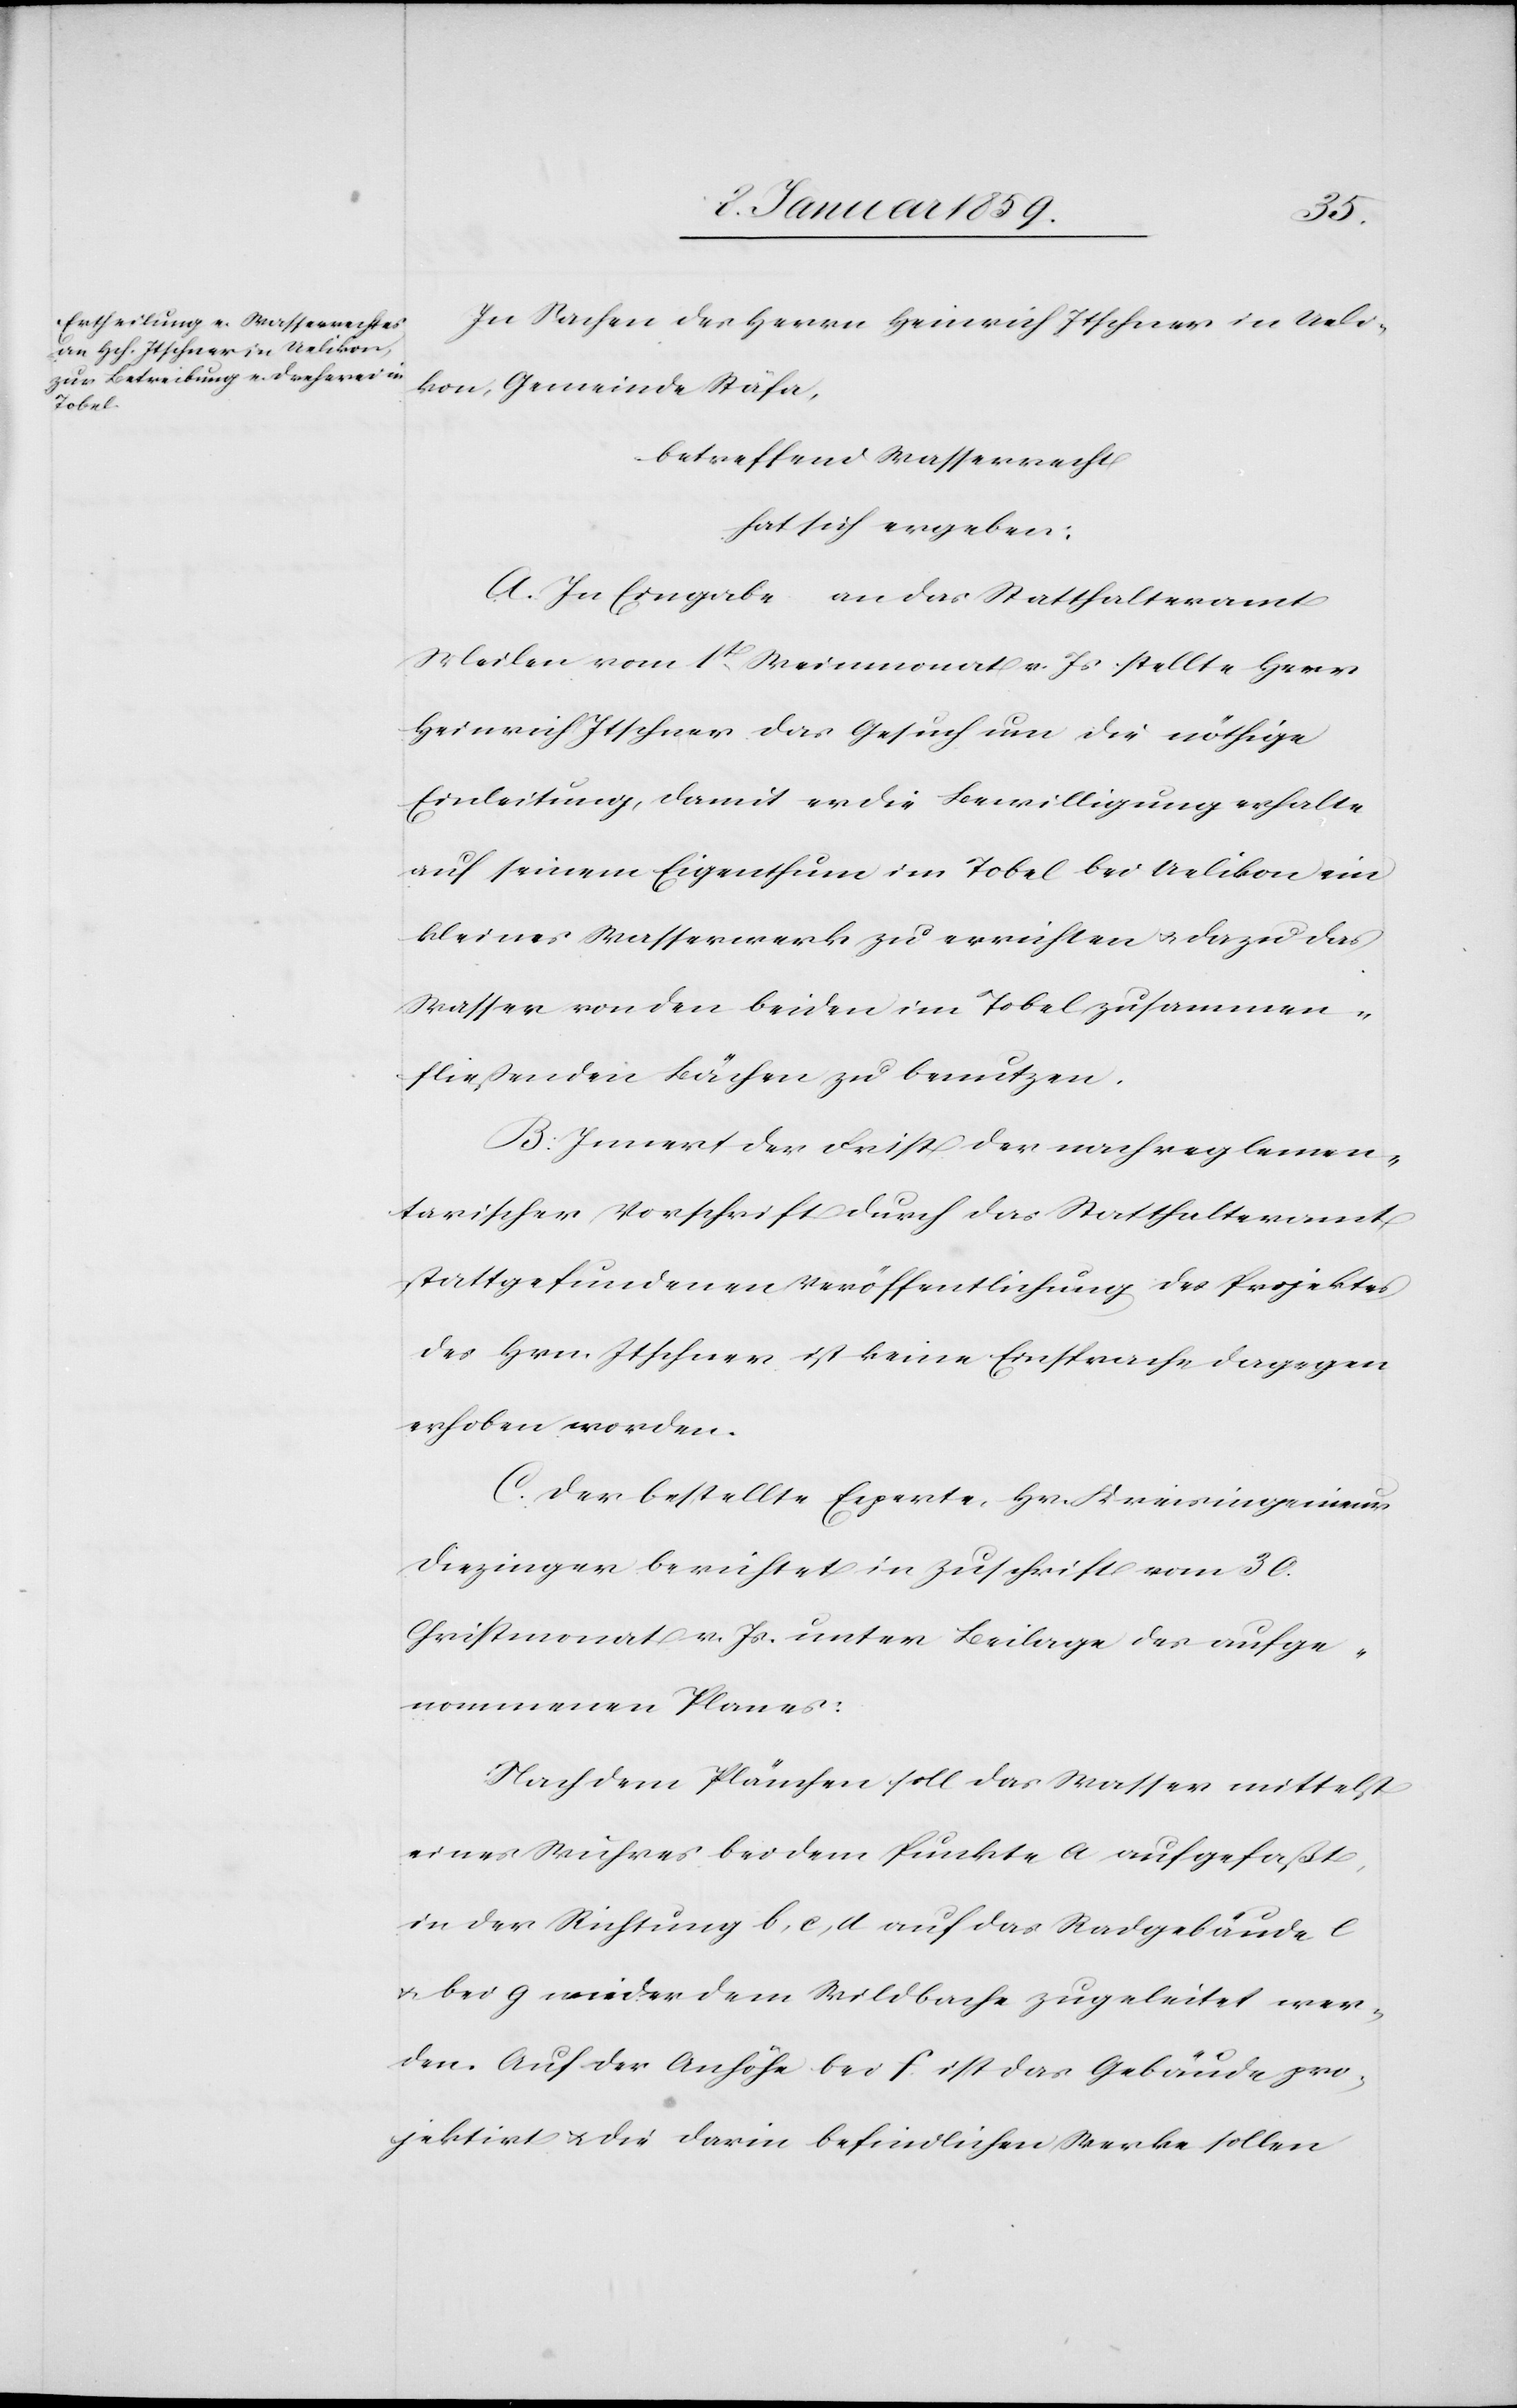
In Sachen des Herrn Heinich Itschner in Ueli¬
kon, Gemeinde Stäfa,
betreffend Wasserrecht
hat sich ergeben:
A. In Eingabe an das Statthalteramt
Meilen vom 1t. Maienmonat v. Js. stellte Herr
Heinrich Itschner das Gesuch um die nöthige
Einleitung, damit er die Bewilligung erhalte
auf seinem Eigenthum im Tobel bei Uelikon ein
kleines Wasserwerk zu errichten u. dazu das
Wasser von den beiden im Tobel zusammen¬
fließenden Bächen zu benutzen.
B. Innert der Frist der nach reglemen¬
tarischer Vorschrift durch das Statthalteramt
stattgefundenen Veröffentlichung des Projektes
des Hrn. Itschner ist keine Einsprache dagegen
erhoben worden.
C. Der bestellte Experte, Hr. Kreisingenieur
Diezinger berichtet in Zuschrift vom 30.
Christmonat v. Js. unter Beilage des aufge¬
nommenen Planes:
Nach dem Plänchen soll das Wasser mittelst
eines Wuhres bei dem Punkte a aufgefaßt,
in der Richtung b,c,d auf das Radgebäude e
u. bei g wieder dem Wildbache zugeleitet wer¬
den. Auf der Anhöhe bei f ist das Gebäude pro¬
jektirt u. die darin befindlichen Werke sollen